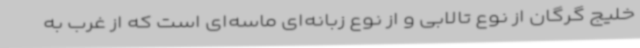
خلیج گرگان از نوع تالابی و از نوع زبانه‌ای ماسه‌ای است که از غرب به